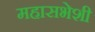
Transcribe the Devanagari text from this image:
महासभेशी